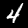
Label: 4